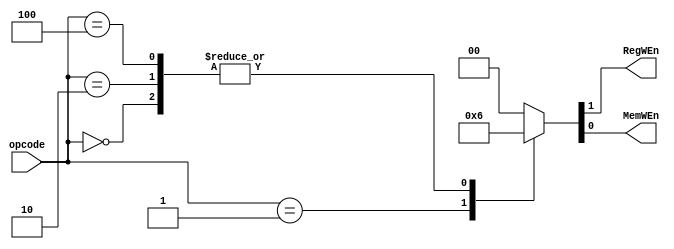

module ctrl#(
parameter OPCODE_WIDTH = 3
)(
	input [OPCODE_WIDTH-1:0]opcode,
	output reg							RegWEn,
	output reg							MemWEn
);
parameter  LOAD 	= 3'b000;
parameter  STORE 	= 3'b001;
parameter  MOV 		= 3'b010;
parameter  MAC 		= 3'b100;
always @(*)begin
	case(opcode)
		LOAD 		:{RegWEn,MemWEn} = 2'b10;
		STORE		:{RegWEn,MemWEn} = 2'b01;
		MOV 		:{RegWEn,MemWEn} = 2'b10;
		MAC 		:{RegWEn,MemWEn} = 2'b10;
		default	:{RegWEn,MemWEn} = 2'b00;
	endcase
end

endmodule